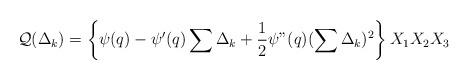
LaTeX: \begin{align*}{\cal Q}(\Delta_k) = \left\{ \psi (q)-\psi'(q) \sum \Delta_k+\frac{1}{2} \psi "(q) (\sum \Delta_k)^2 \right\} X_1 X_2 X_3 \end{align*}